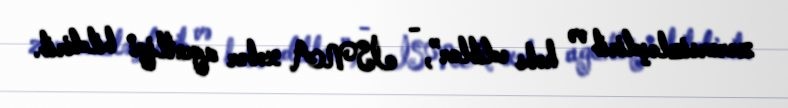
zərərsizləşdirib və həbs ediblər”, - İSNA xəbər agentliyi bildirib.